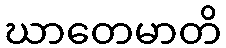
ဃာတေမာတိ